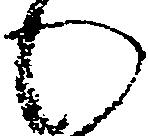
わ